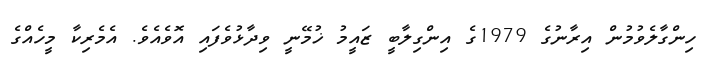
ހިންގާލެވުމުން އިރާނުގެ 1979ގެ އިންގިލާބީ ޒައީމު ޚުމޭނީ ވިދާޅުވެފައި އޮވެއެވެ. އެމެރިކާ މީހެއްގެ